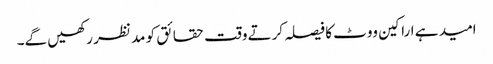
امید ہے اراکین ووٹ کا فیصلہ کرتے وقت حقائق کو مد نظر رکھیں گے۔